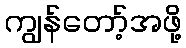
ကျွန်တော့်အဖို့